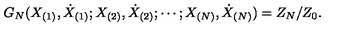
G _ { N } ( X _ { ( 1 ) } , \dot { X } _ { ( 1 ) } ; X _ { ( 2 ) } , \dot { X } _ { ( 2 ) } ; \cdots ; X _ { ( N ) } , \dot { X } _ { ( N ) } ) = Z _ { N } / Z _ { 0 } .